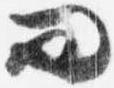
問